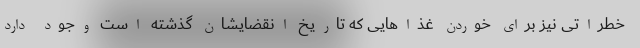
خطراتی نیز برای خوردن غذاهایی که تاریخ انقضایشان گذشته است وجود دارد